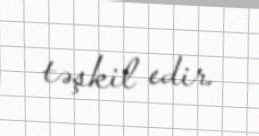
təşkil edir.